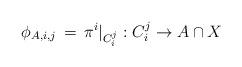
LaTeX: \begin{align*}\phi_{A,i,j}\,=\,\pi^{i}|_{C_i^j}:C_i^j \rightarrow A\cap X\end{align*}